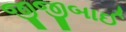
જીજીબાઈ